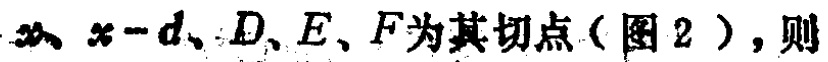
$x、x - d、D、E、F为其切点（图2），则$